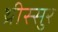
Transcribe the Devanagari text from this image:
थ्रीस्सुर